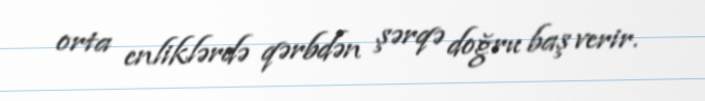
orta enliklərdə qərbdən şərqə doğru baş verir.